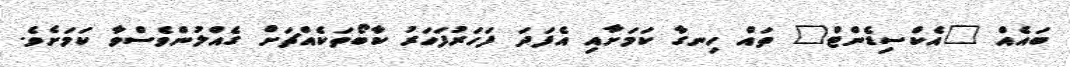
ބައެއް "އެކްސިޑެންޓް" ތައް ހިނގާ ކަމަށާއި އެފަދަ ފަހަރުފަހަރު ކާބޯތަކެއްޗަށް ގެއްލުންވެސްވާ ކަމަށެވެ.